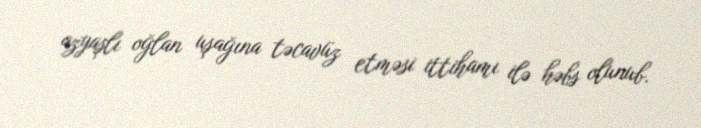
azyaşlı oğlan uşağına təcavüz etməsi ittihamı ilə həbs olunub.